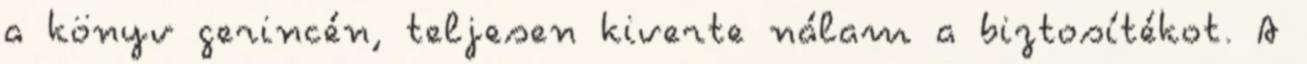
a könyv gerincén, teljesen kiverte nálam a biztosítékot. A